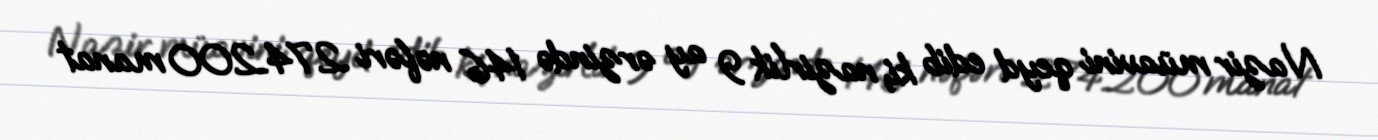
Nazir müavini qeyd edib ki, nazirlik 9 ay ərzində 146 nəfəri 274.200 manat